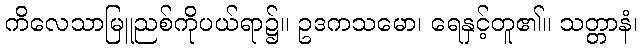
ကိလေသာမြူညစ်ကိုပယ်ရာ၌။ ဥဒကသမော၊ ရေနှင့်တူ၏။ သတ္တာနံ၊